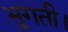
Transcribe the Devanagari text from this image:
भुगती।